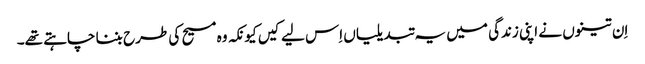
‏ اِن تینوں نے اپنی زندگی میں یہ تبدیلیاں اِس لیے کیں کیونکہ وہ مسیح کی طرح بننا چاہتے تھے۔